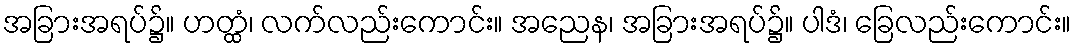
အခြားအရပ်၌။ ဟတ္ထံ၊ လက်လည်းကောင်း။ အညေန၊ အခြားအရပ်၌။ ပါဒံ၊ ခြေလည်းကောင်း။